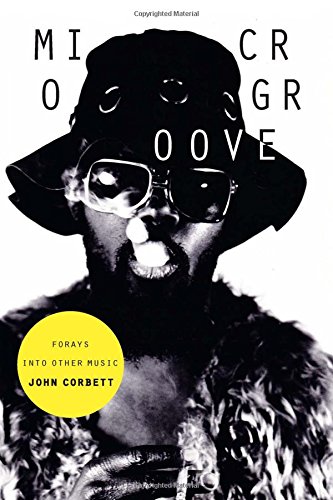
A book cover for Microgroove: Forays into Other Music; John Corbett; Arts & Photography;